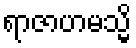
ရာဇာဟမသ္မိ